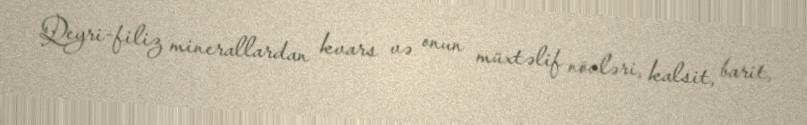
Qeyri-filiz minerallardan kvars və onun müxtəlif növləri, kalsit, barit,